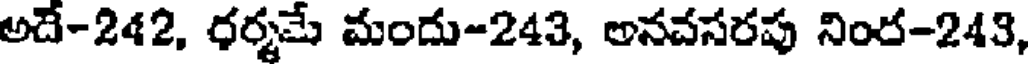
అదే-242, ధర్మమే మందు-243, అనచసరపు నింద-243,